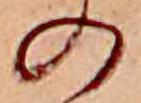
の